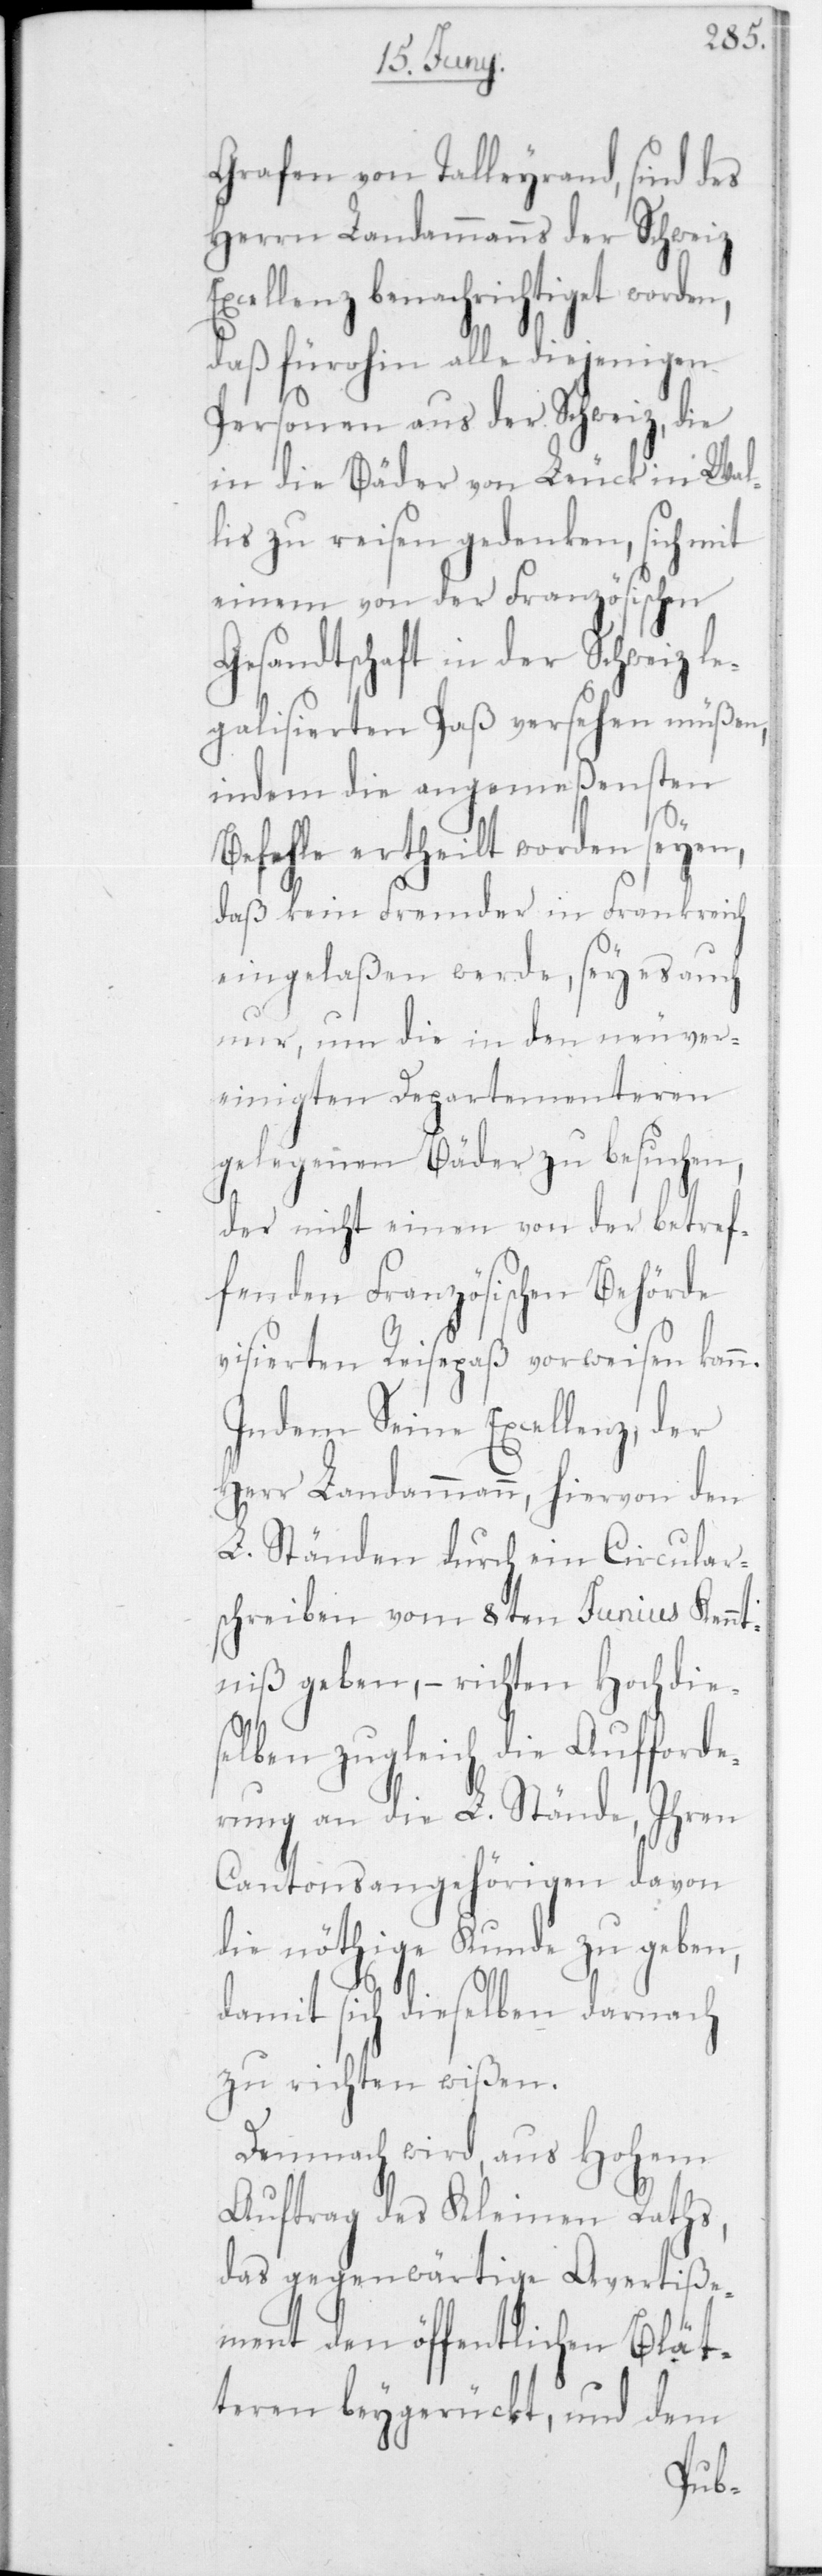
Grafen von Talleyrand, sind des
Herrn Landammanns der Schweiz
Excellenz benachrichtiget worden,
daß fürohin alle diejenigen
Personen aus der Schweiz, die
in die Bäder von Leuck in Wal¬
lis zu reisen gedenken, sich mit
einem von der Französischen
Gesandtschaft in der Schweiz le¬
galisierten Paß versehen müßen,
indem die angemeßensten
Befehle ertheilt worden seyen,
daß kein Fremder in Frankreich
eingelaßen werde, sey es auch
nur, um die in den neuver¬
einigten Departementeren
gelegenen Bäder zu besuchen,
der nicht einen von der betref¬
fenden Französischen Behörde
visierten Reisepass vorweisen kan¬
Indem Seine Excellenz, der
Herr Landammann, hiervon den
L. Ständen durch ein Circular¬
schreiben vom 8ten Junius Kennt¬
niß geben, – richten Hochdie¬
selben zugleich die Aufforde¬
rung an die L. Stände, ihren
Cantonsangehörigen davon
die nöthige Kunde zu geben,
damit sich dieselben darnach
zu richten wissen.
Demnach wird aus Hohem
Auftrag des Kleinen Raths,
das gegenwärtige Avertiße¬
ment den öffentlichen Blät¬
teren beygerückt, und dem
n.